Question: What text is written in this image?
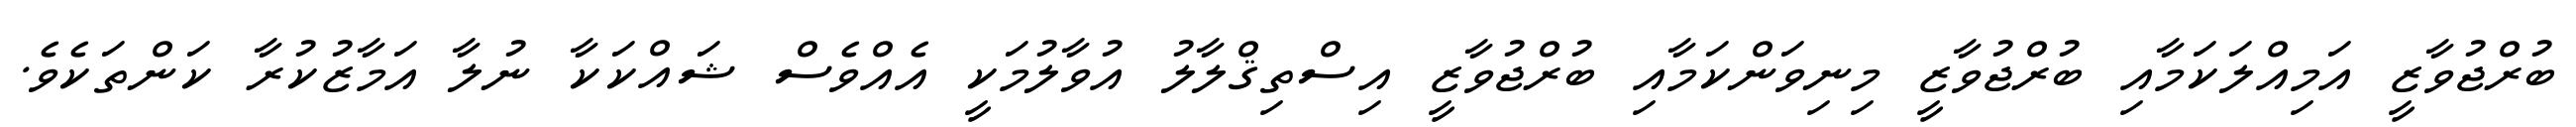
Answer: ބުރްޖުވާޒީ އަމިއްލަކަމާއި ބުރްޖުވާޒީ މިނިވަންކަމާއި ބުރްޖުވާޒީ އިސްތިޤްލާލު އުވާލުމަކީ އެއްވެސް ޝައްކަކާ ނުލާ އަމާޒުކުރާ ކަންތަކެވެ.